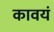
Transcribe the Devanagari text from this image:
कावयं